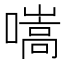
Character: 𡀢